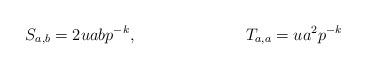
LaTeX: \begin{align*} S_{a,b}= 2uabp^{-k}, && T_{a,a}= ua^2p^{-k}\end{align*}